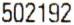
502192